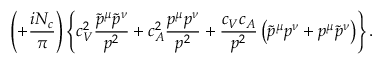
\left( + \frac { i N _ { c } } { \pi } \right) \left\{ c _ { V } ^ { 2 } \frac { \tilde { p } ^ { \mu } \tilde { p } ^ { \nu } } { p ^ { 2 } } + c _ { A } ^ { 2 } \frac { p ^ { \mu } p ^ { \nu } } { p ^ { 2 } } + \frac { c _ { V } c _ { A } } { p ^ { 2 } } \left( \tilde { p } ^ { \mu } p ^ { \nu } + p ^ { \mu } \tilde { p } ^ { \nu } \right) \right\} .